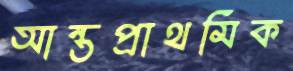
আন্তপ্রাথমিক